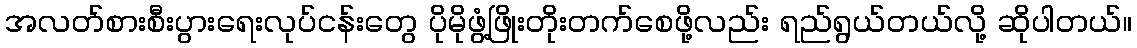
အလတ်စားစီးပွားရေးလုပ်ငန်းတွေ ပိုမိုဖွံ့ဖြိုးတိုးတက်စေဖို့လည်း ရည်ရွယ်တယ်လို့ ဆိုပါတယ်။